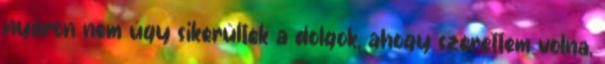
nyáron nem úgy sikerültek a dolgok, ahogy szerettem volna,